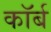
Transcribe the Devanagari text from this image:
कॉर्ब